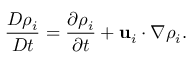
\frac { D \rho _ { i } } { D t } = \frac { \partial \rho _ { i } } { \partial t } + \mathbf { u } _ { i } \cdot \nabla \rho _ { i } .